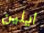
ايلين